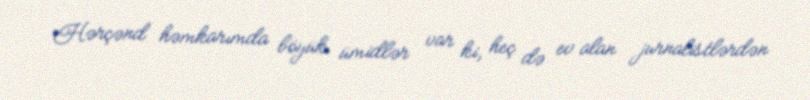
Hərçənd həmkarımda böyük ümidlər var ki, heç də ev alan jurnalistlərdən